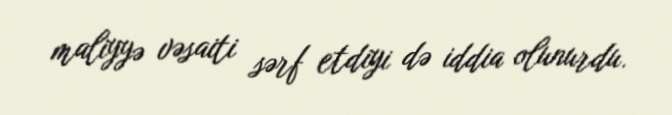
maliyyə vəsaiti sərf etdiyi də iddia olunurdu.